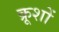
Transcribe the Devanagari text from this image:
क्रूशों